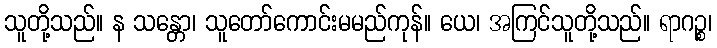
သူတို့သည်။ န သန္တော၊ သူတော်ကောင်းမမည်ကုန်။ ယေ၊ အကြင်သူတို့သည်။ ရာဂဉ္စ၊